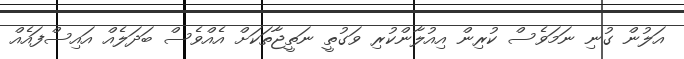
އަލުން ގުނި ނަމަވެސް ކުރިން އިއުލާންކުރި ވަގުތީ ނަތީޖާތަކަށް އެއްވެސް ބަދަލެއް އައިސްފައެއް